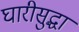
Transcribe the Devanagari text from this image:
घारीसुद्धा